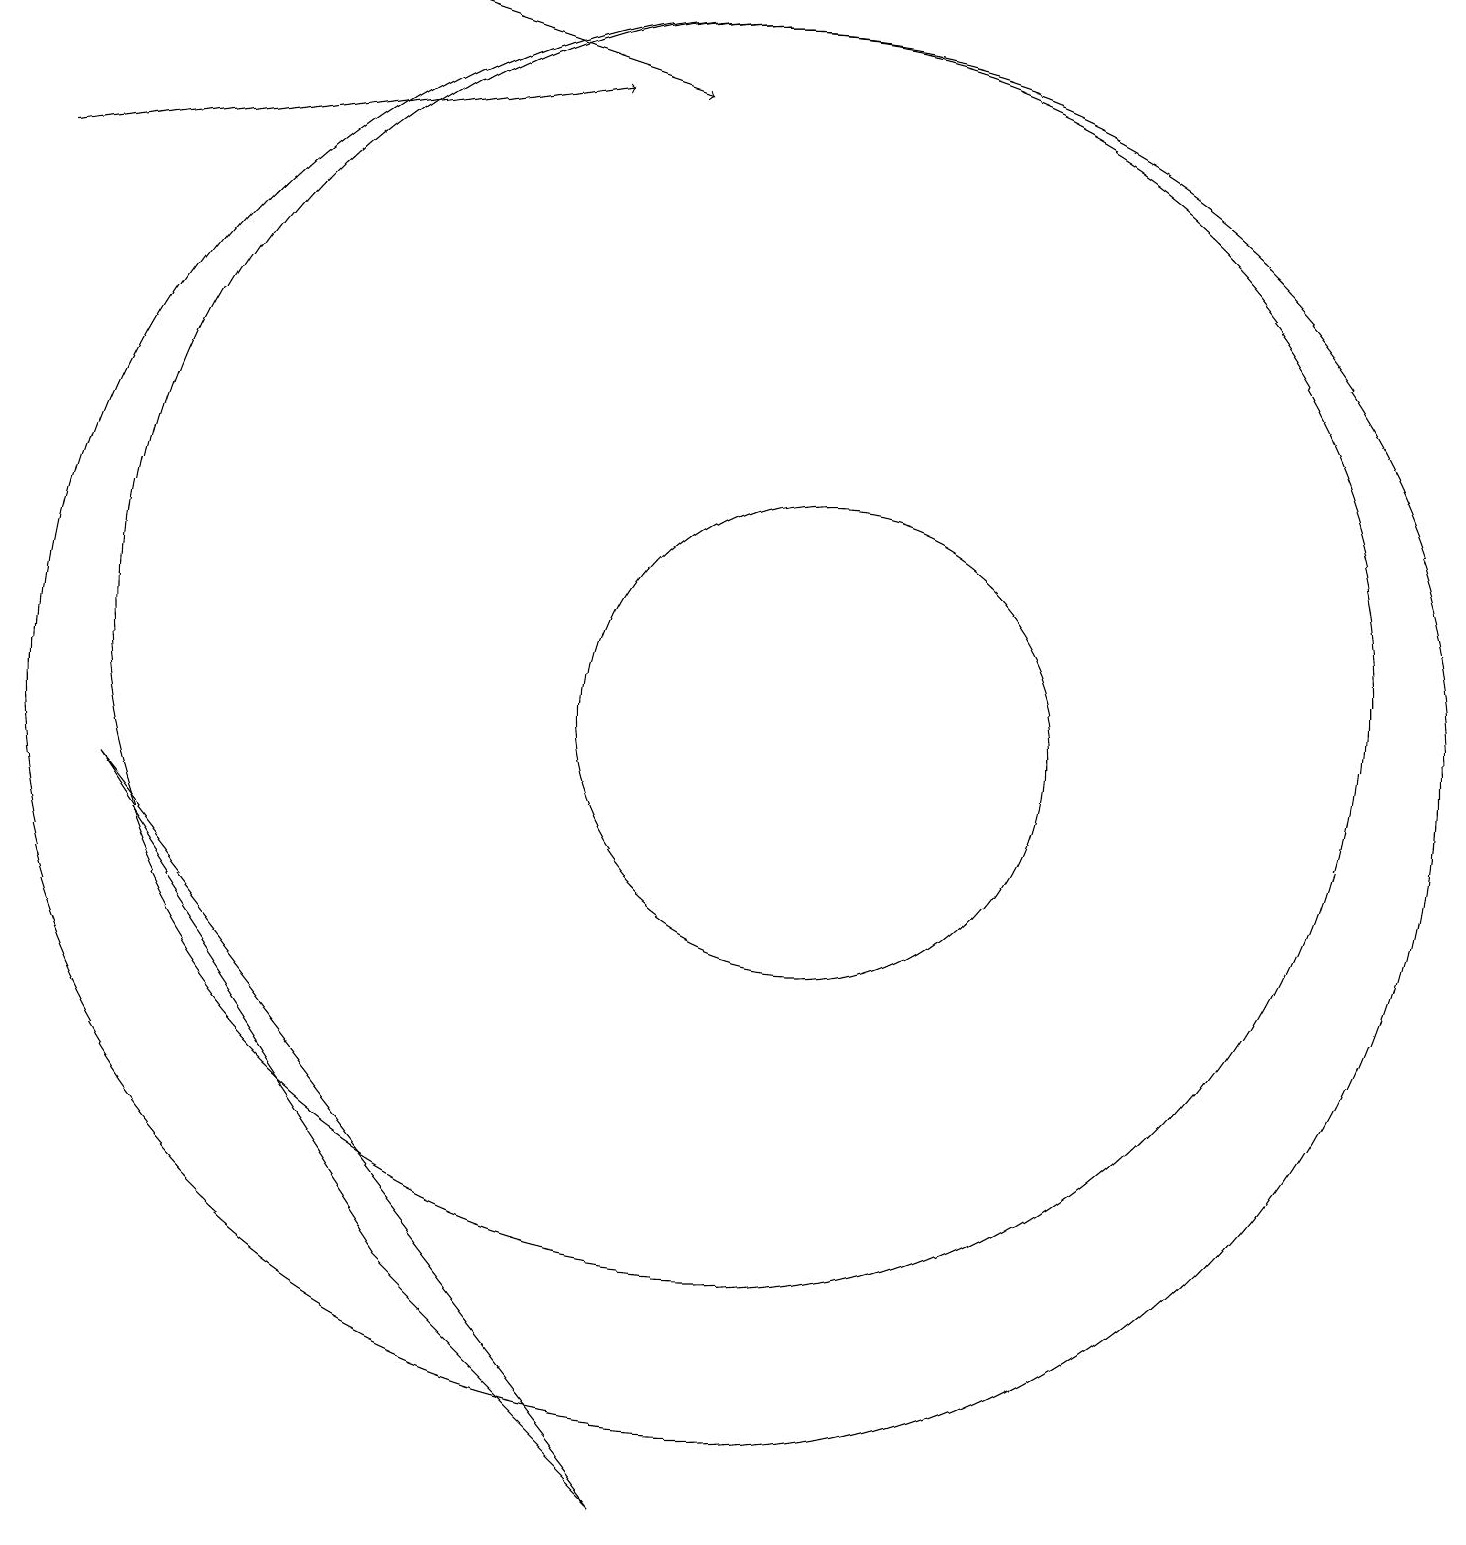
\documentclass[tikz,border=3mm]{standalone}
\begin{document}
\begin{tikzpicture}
\draw (10,11) circle (8);
\draw (6,3) -- (9,0) -- (2,9) -- cycle;
\draw[->] (6,19) -- (9,18);
\draw (11,10) circle (3);
\draw (10,10) circle (9);
\draw[->] (1,17) -- (8,18);
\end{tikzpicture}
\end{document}